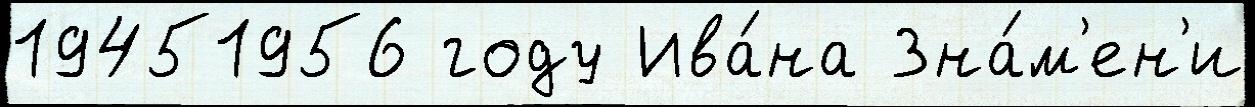
19451956 году Ива́на Зна́м'ен'и